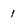
Character: 1